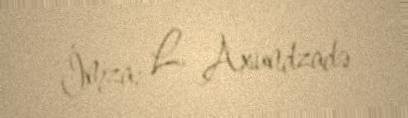
İmza: L. Axundzadə